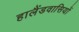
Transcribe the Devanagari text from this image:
हालैंडवासियों